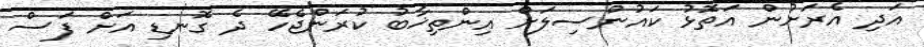
އަދި އެރަށުން އަތޮޅު ކައުންސިލަށް އިންތިޚާބު ކުރަންޖެހޭ ދެ ގޮނޑި އަށް ފަސް